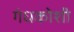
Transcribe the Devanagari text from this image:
गंधकोशी